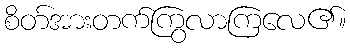
စိတ်အားတက်ကြွလာကြလေ၏။